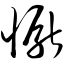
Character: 恹